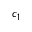
c _ { 1 }